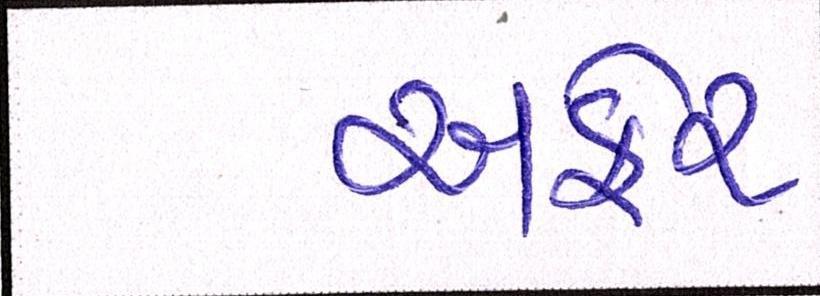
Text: અફેર